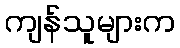
ကျန်သူများက